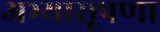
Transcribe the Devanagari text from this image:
अभ्यासूपणा